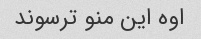
اوه این منو ترسوند